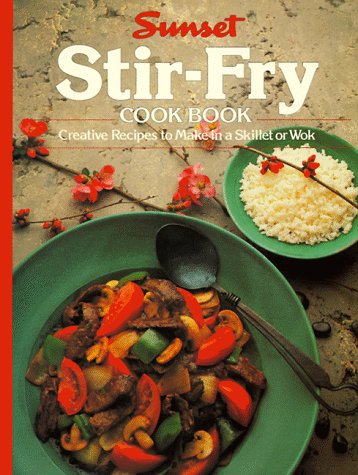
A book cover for Stir-Fry Cook Book; Sunset Books; Cookbooks, Food & Wine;